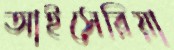
আইসেরিয়া